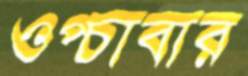
ওপ্‌চাবার